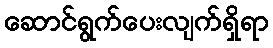
ဆောင်ရွက်ပေးလျက်ရှိရာ